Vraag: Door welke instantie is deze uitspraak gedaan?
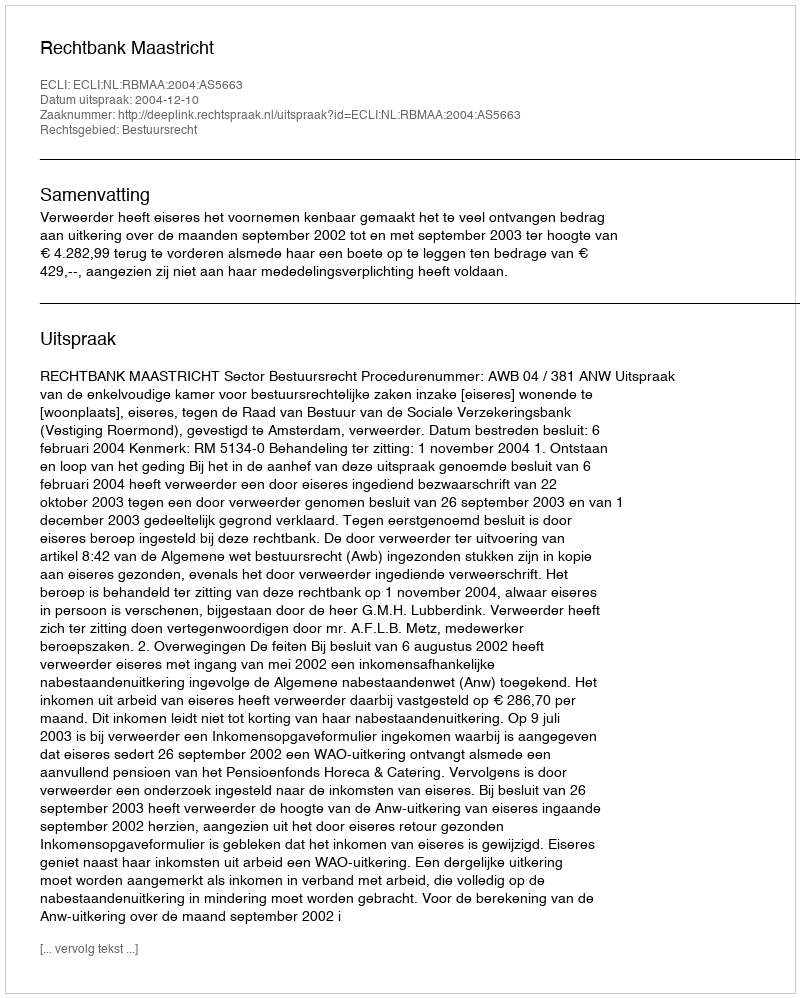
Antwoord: Rechtbank Maastricht